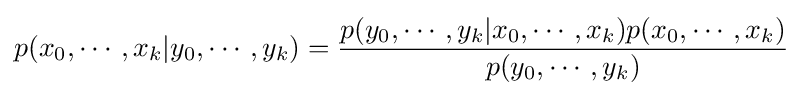
p(x_{0},\cdots ,x_{k}|y_{0},\cdots ,y_{k})={\frac {p(y_{0},\cdots ,y_{k}|x_{0},\cdots ,x_{k})p(x_{0},\cdots ,x_{k})}{p(y_{0},\cdots ,y_{k})}}